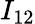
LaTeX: I_{12}